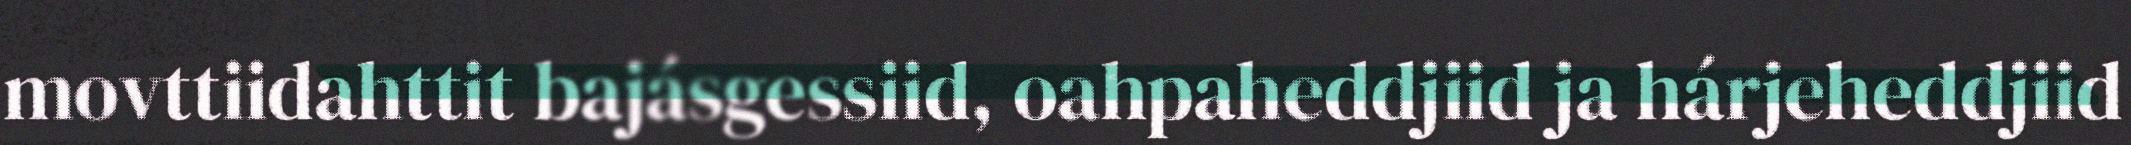
movttiidahttit bajásgessiid, oahpaheddjiid ja hárjeheddjiid